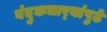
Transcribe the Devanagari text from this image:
बंदुकधार्‍यांपुढे